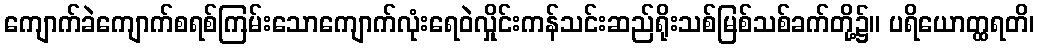
ကျောက်ခဲကျောက်စရစ်ကြမ်းသောကျောက်လုံးရေဝဲလှိုင်းကန်သင်းဆည်ရိုးသစ်မြစ်သစ်ခက်တို့၌။ ပရိယောတ္ထရတိ၊